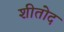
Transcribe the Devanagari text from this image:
शीतोद